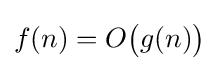
{\textstyle f(n)=O{\bigl (}g(n){\bigr )}}